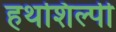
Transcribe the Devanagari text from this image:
हथशिल्पी